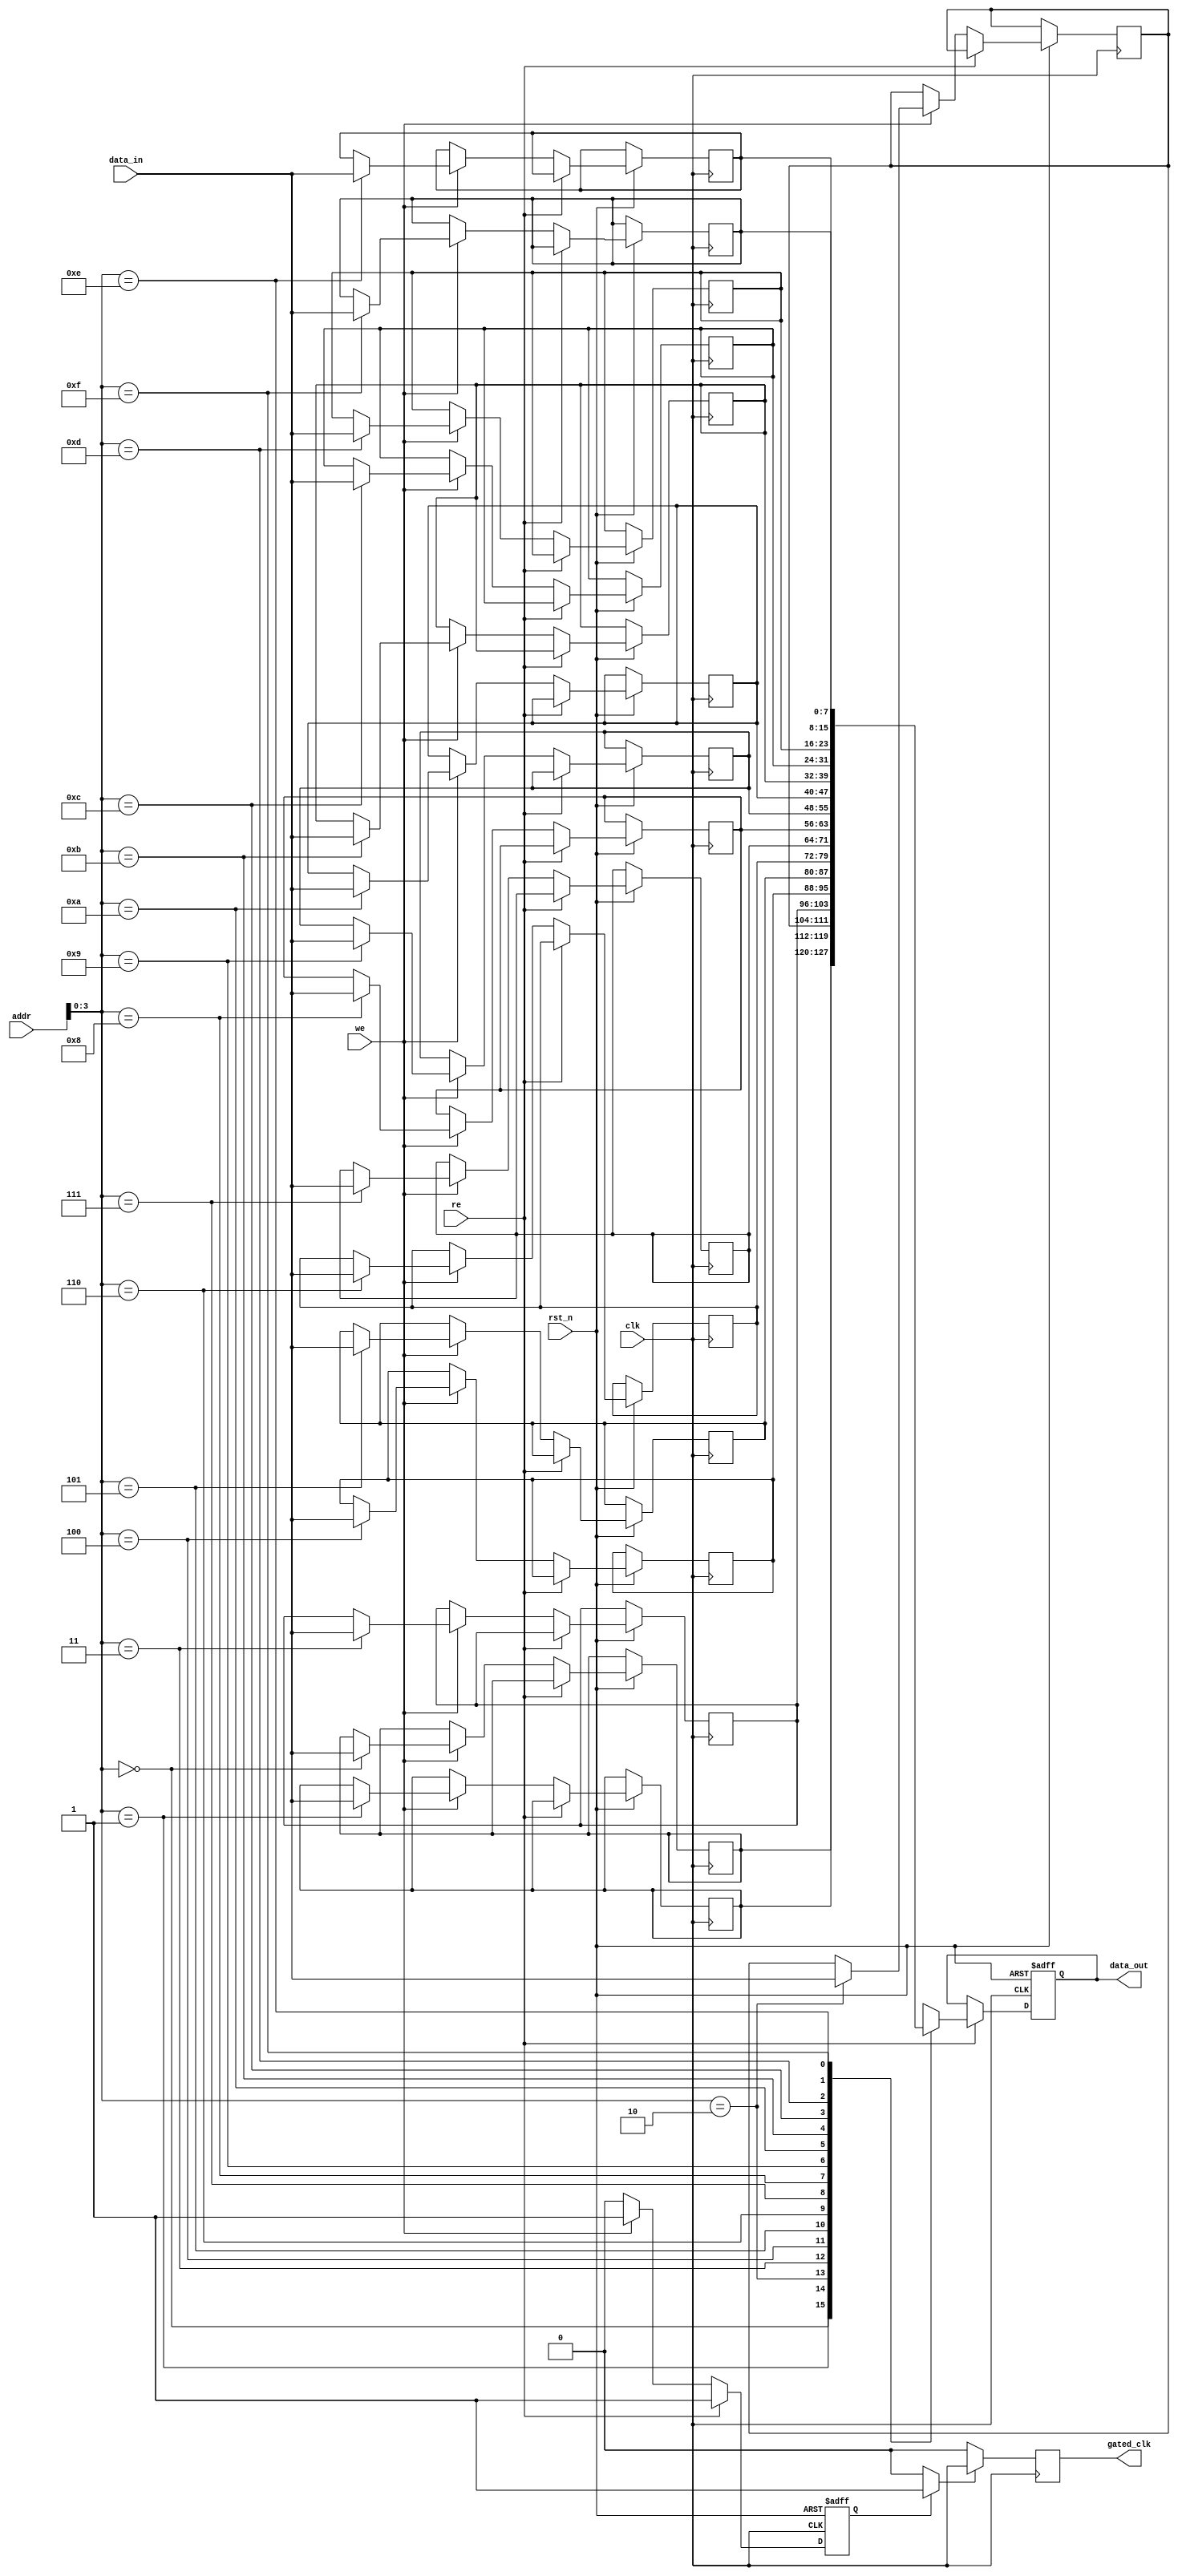
module output_dependent_clock_gating_memory (
    input wire clk,                   // System clock
    input wire rst_n,                 // Active low reset
    input wire [7:0] addr,            // Address input
    input wire [7:0] data_in,         // Data input for write
    input wire we,                    // Write enable
    input wire re,                    // Read enable
    output reg [7:0] data_out,        // Data output
    output reg gated_clk              // Gated clock output
);

    // Memory array (for simplicity, we use a small 16x8 SRAM)
    reg [7:0] memory [0:15];
    reg valid_output;                  // To indicate valid output
    reg clk_enable;                   // Clock enable signal for gating

    // Clock gating control logic
    always @(*) begin
        if (valid_output) begin
            clk_enable = 1'b1;         // Enable clock if output is valid
        end else begin
            clk_enable = 1'b0;         // Disable clock if output is not valid
        end
    end

    // Output monitoring - checks if the output data is valid
    always @(posedge clk or negedge rst_n) begin
        if (!rst_n) begin
            valid_output <= 1'b0;        // Reset valid output
            data_out <= 8'b0;            // Reset data output
        end else if (re) begin           // Read operation
            data_out <= memory[addr];    // Output data from memory
            valid_output <= 1'b1;         // Set valid output
        end else if (we) begin           // Write operation
            memory[addr] <= data_in;     // Store data in memory
            valid_output <= 1'b1;         // Set valid output
        end else begin
            valid_output <= 1'b0;         // No valid output
        end
    end

    // Gated clock generation
    always @(posedge clk) begin
        if (clk_enable) begin
            gated_clk <= clk;            // Pass through the clock
        end else begin
            gated_clk <= 1'b0;           // Disable the clock
        end
    end

endmodule